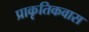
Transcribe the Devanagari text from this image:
प्राकृतिकवास